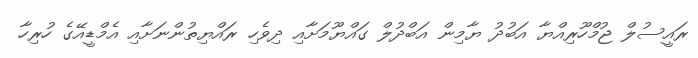
ރައީސުލް ޖުމްހޫރިއްޔާ އަބުދު ޔާމިން އަބްދުލް ގައްޔޫމަށާއި ދިވެހި ރައްޔިތުންނަށާއި އެމްޑީއޭގެ ހުރިހާ